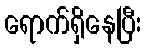
ရောက်ရှိနေပြီး